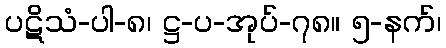
ပဋိသံ-ပါ-၈၊ ဋ္ဌ-ပ-အုပ်-၇၈။ ၅-နက်၊